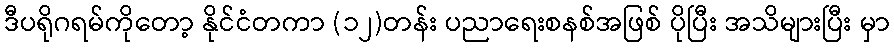
ဒီပရိုဂရမ်ကိုတော့ နိုင်ငံတကာ (၁၂)တန်း ပညာရေးစနစ်အဖြစ် ပိုပြီး အသိများပြီး မှာ